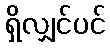
ရှိလျှင်ပင်